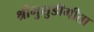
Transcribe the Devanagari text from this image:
श्रीभुशुडीगीता